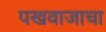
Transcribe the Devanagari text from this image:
पखवाजाचा